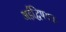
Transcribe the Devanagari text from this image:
अर्हद्विषयक